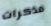
مذكرات